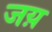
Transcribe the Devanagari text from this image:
जय़